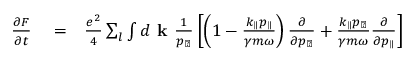
\begin{array} { r l r } { \frac { \partial F } { \partial t } } & { { } = } & { \frac { e ^ { 2 } } { 4 } \sum _ { l } \int d \textbf { k } \frac { 1 } { p _ { \perp } } \left[ \left( 1 - \frac { k _ { \parallel } p _ { \parallel } } { \gamma m \omega } \right) \frac { \partial } { \partial p _ { \perp } } + \frac { k _ { \parallel } p _ { \perp } } { \gamma m \omega } \frac { \partial } { \partial p _ { \parallel } } \right] } \end{array}